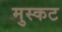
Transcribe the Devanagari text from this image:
मुस्कट